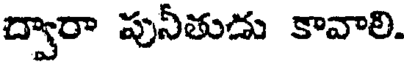
ద్వారా పునీతుడు కావాలి.